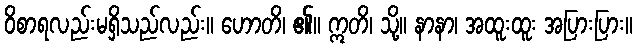
ဝိစာရလည်းမရှိသည်လည်း။ ဟောတိ၊ ၏။ ဣတိ၊ သို့။ နာနာ၊ အထူးထူး အပြားပြား။